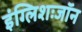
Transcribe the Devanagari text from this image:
इंग्लिशःजॉन